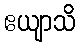
ဧယျာသိ